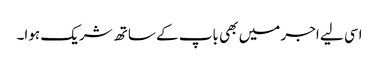
اسی لیے اجر میں بھی باپ کے ساتھ شریک ہوا۔